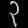
Digit: ၃